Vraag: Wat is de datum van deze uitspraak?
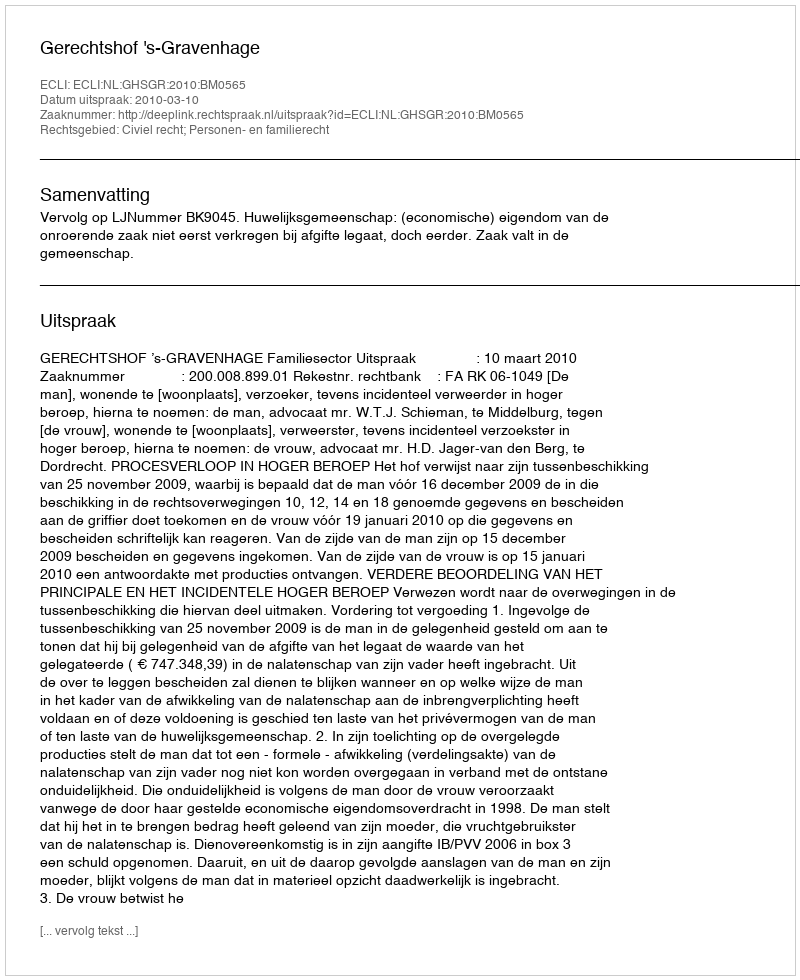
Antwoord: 2010-03-10